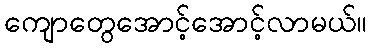
ကျောတွေအောင့်အောင့်လာမယ်။